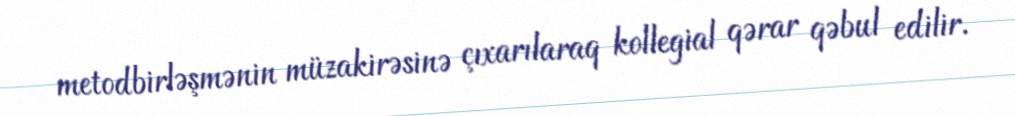
metodbirləşmənin müzakirəsinə çıxarılaraq kollegial qərar qəbul edilir.